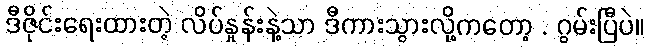
ဒီဇိုင်းရေးထားတဲ့ လိပ်နှုန်းနဲ့သာ ဒီကားသွားလို့ကတော့ . ဂွမ်းပြီပဲ။